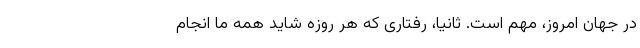
در جهان امروز، مهم است. ثانیا، رفتاری که هر روزه شاید همه ما انجام